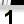
Digit: 1